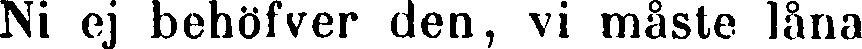
Ni ej behöfver den, vi måste låna